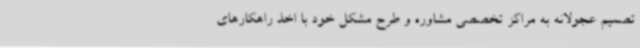
تصمیم عجولانه به مراکز تخصصی مشاوره و طرح مشکل خود با اخذ راهکارهای